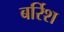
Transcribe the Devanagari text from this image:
बर्रिश